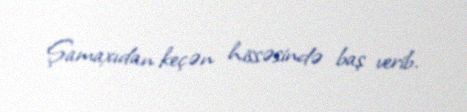
Şamaxıdan keçən hissəsində baş verib.